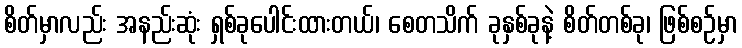
စိတ်မှာလည်း အနည်းဆုံး ရှစ်ခုပေါင်းထားတယ်၊ စေတသိက် ခုနှစ်ခုနဲ့ စိတ်တစ်ခု၊ ဖြစ်စဉ်မှာ